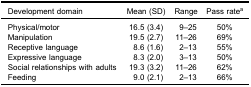
<table><thead><tr><td><b>Development domain</b></td><td><b>Mean (SD)</b></td><td><b>Range</b></td><td><b>Pass rate<sup>a</sup></b></td></tr></thead><tbody><tr><td>Physical/motor</td><td>16.5 (3.4)</td><td>9–25</td><td>50%</td></tr><tr><td>Manipulation</td><td>19.5 (2.7)</td><td>11–26</td><td>69%</td></tr><tr><td>Receptive language</td><td>8.6 (1.6)</td><td>2–13</td><td>55%</td></tr><tr><td>Expressive language</td><td>8.3 (2.0)</td><td>3–13</td><td>50%</td></tr><tr><td>Social relationships with adults</td><td>19.3 (3.2)</td><td>11–26</td><td>62%</td></tr><tr><td>Feeding</td><td>9.0 (2.1)</td><td>2–13</td><td>66%</td></tr></tbody></table>